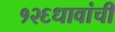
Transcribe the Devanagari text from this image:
१२६धावांची